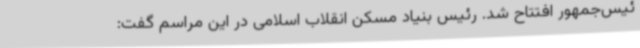
ئیس‌جمهور افتتاح شد. رئیس بنیاد مسکن انقلاب اسلامی در این مراسم گفت: